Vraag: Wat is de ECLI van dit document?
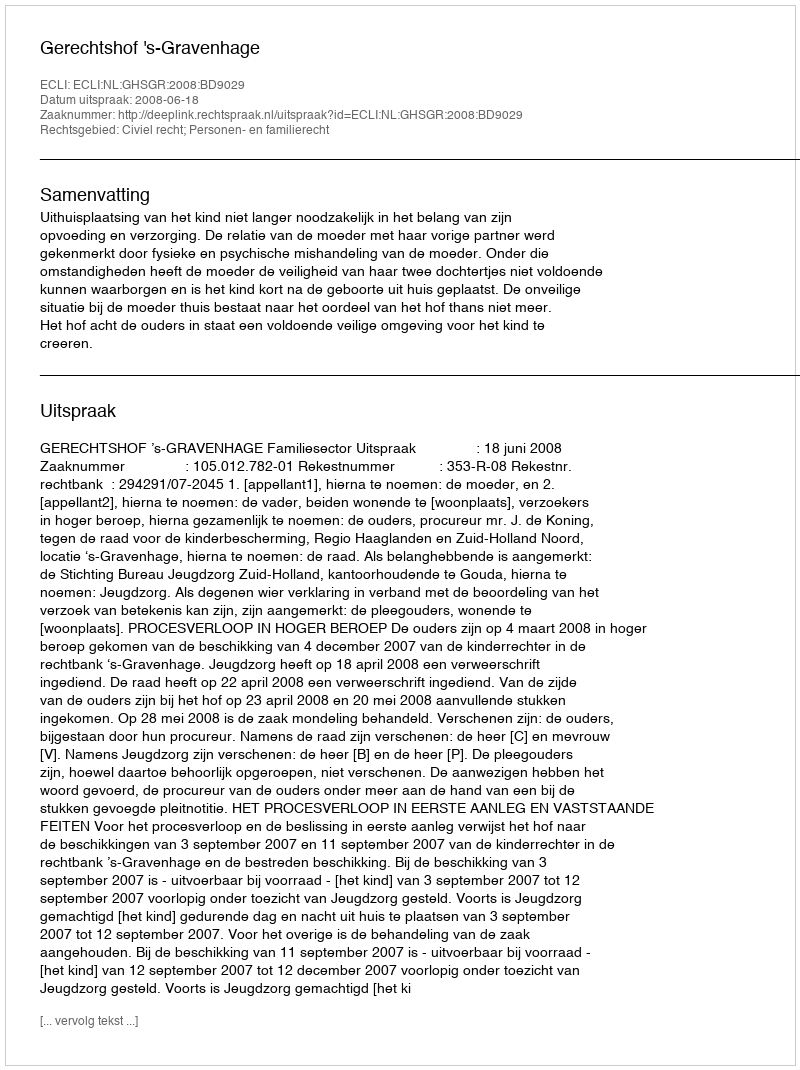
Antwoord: ECLI:NL:GHSGR:2008:BD9029